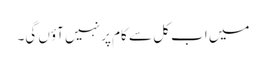
میں اب کل سے کام پر نہیں آؤں گی۔